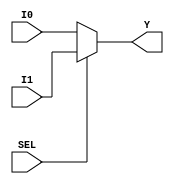
module Mux4_2_1 (
	input[3:0]	I0,I1,	//	Entradas
	input		SEL,	//	Selector
	output[3:0]	Y		//	Salida
	); 
	
	assign	Y = SEL ? I1 : I0;
	
endmodule